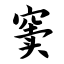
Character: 窦